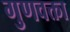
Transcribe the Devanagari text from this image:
गुणवक्ता